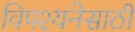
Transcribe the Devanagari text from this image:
विपश्यनेसाठी